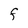
Character: F